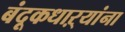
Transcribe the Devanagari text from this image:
बंदूकधाऱ्यांना